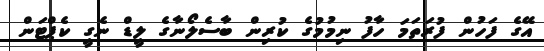
އޭގެ ފަހުން ފުރަތަމަ ހާފު ނިމުމުގެ ކުރިން ބާސެލޯނާގެ ލީޑް ނެގީ ކެޕްޓަން